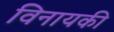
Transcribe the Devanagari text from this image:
विनायकी